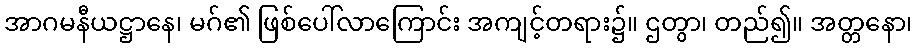
အာဂမနီယဋ္ဌာနေ၊ မဂ်၏ ဖြစ်ပေါ်လာကြောင်း အကျင့်တရား၌။ ဌတွာ၊ တည်၍။ အတ္တနော၊